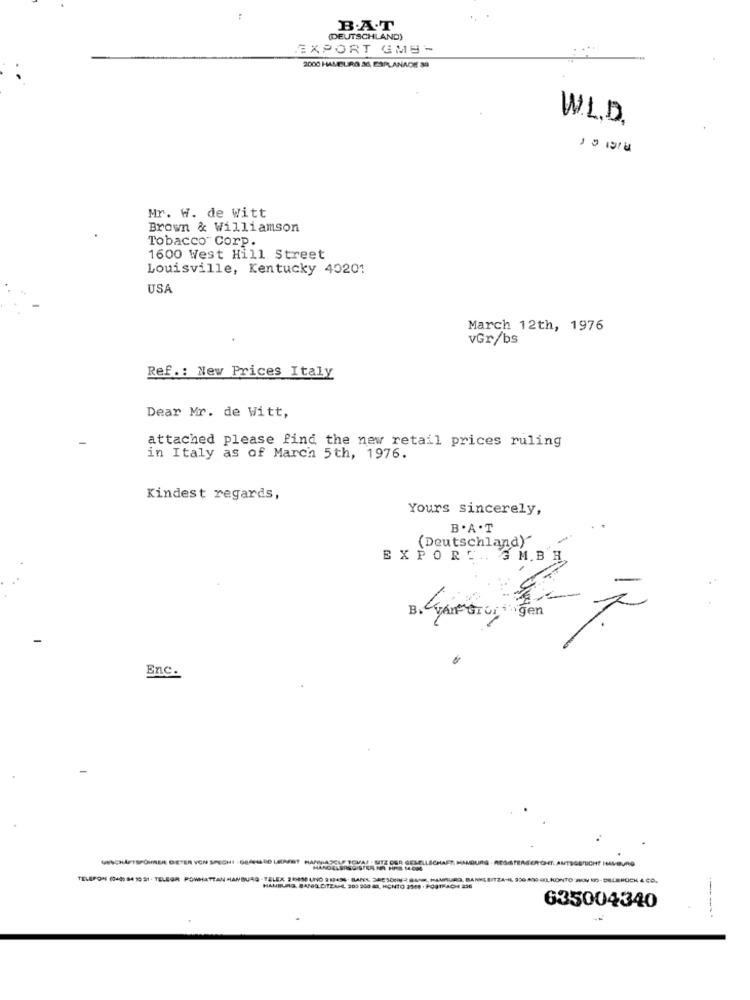
B.A.T
(DEUTSCHLAND)
EXPORT GME-
2000 HAMBURG.30, ESPLANADE 89
W.L.D.
Mr. W. de Witt
Brown & Williamson
Tobacco" Corp.
1600 West Hill Street
Louisville, Kentucky 40201
USA
March 12th, 1976
vGr/bs
Ref .: New Prices Italy
Dear Mr. de Witt,
attached please find the new retail prices ruling
in Italy as of March 5th, 1976.
Kindest regards,
Yours sincerely,
B.A.T
(Deutschland)"
EXPORT .. GMBH
B. San Gior gen
Enc.
wSCHAFTSPOHRER DETER VON SPECHI - GERHUBO LEAFAT HANULASOLE TOVAL - UTE OUR GESELLSCHAFT MANGURG
TELEFON (0400 84 10 51 - TELEGR POWHATTAN HANBURG - TELEX 2 55650 UNO 213456 - BARES 3RESON3 8AM, HAMBURG, BANKLEITZAHL 900 400 00, KONTO JON ND- DELBRÜCK & CO.
HAMBURG. BAND DITZAHL 200 500 M, HONTO 3348 · POSTFACH 236
635004340
------.